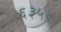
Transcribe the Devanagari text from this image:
६३५०